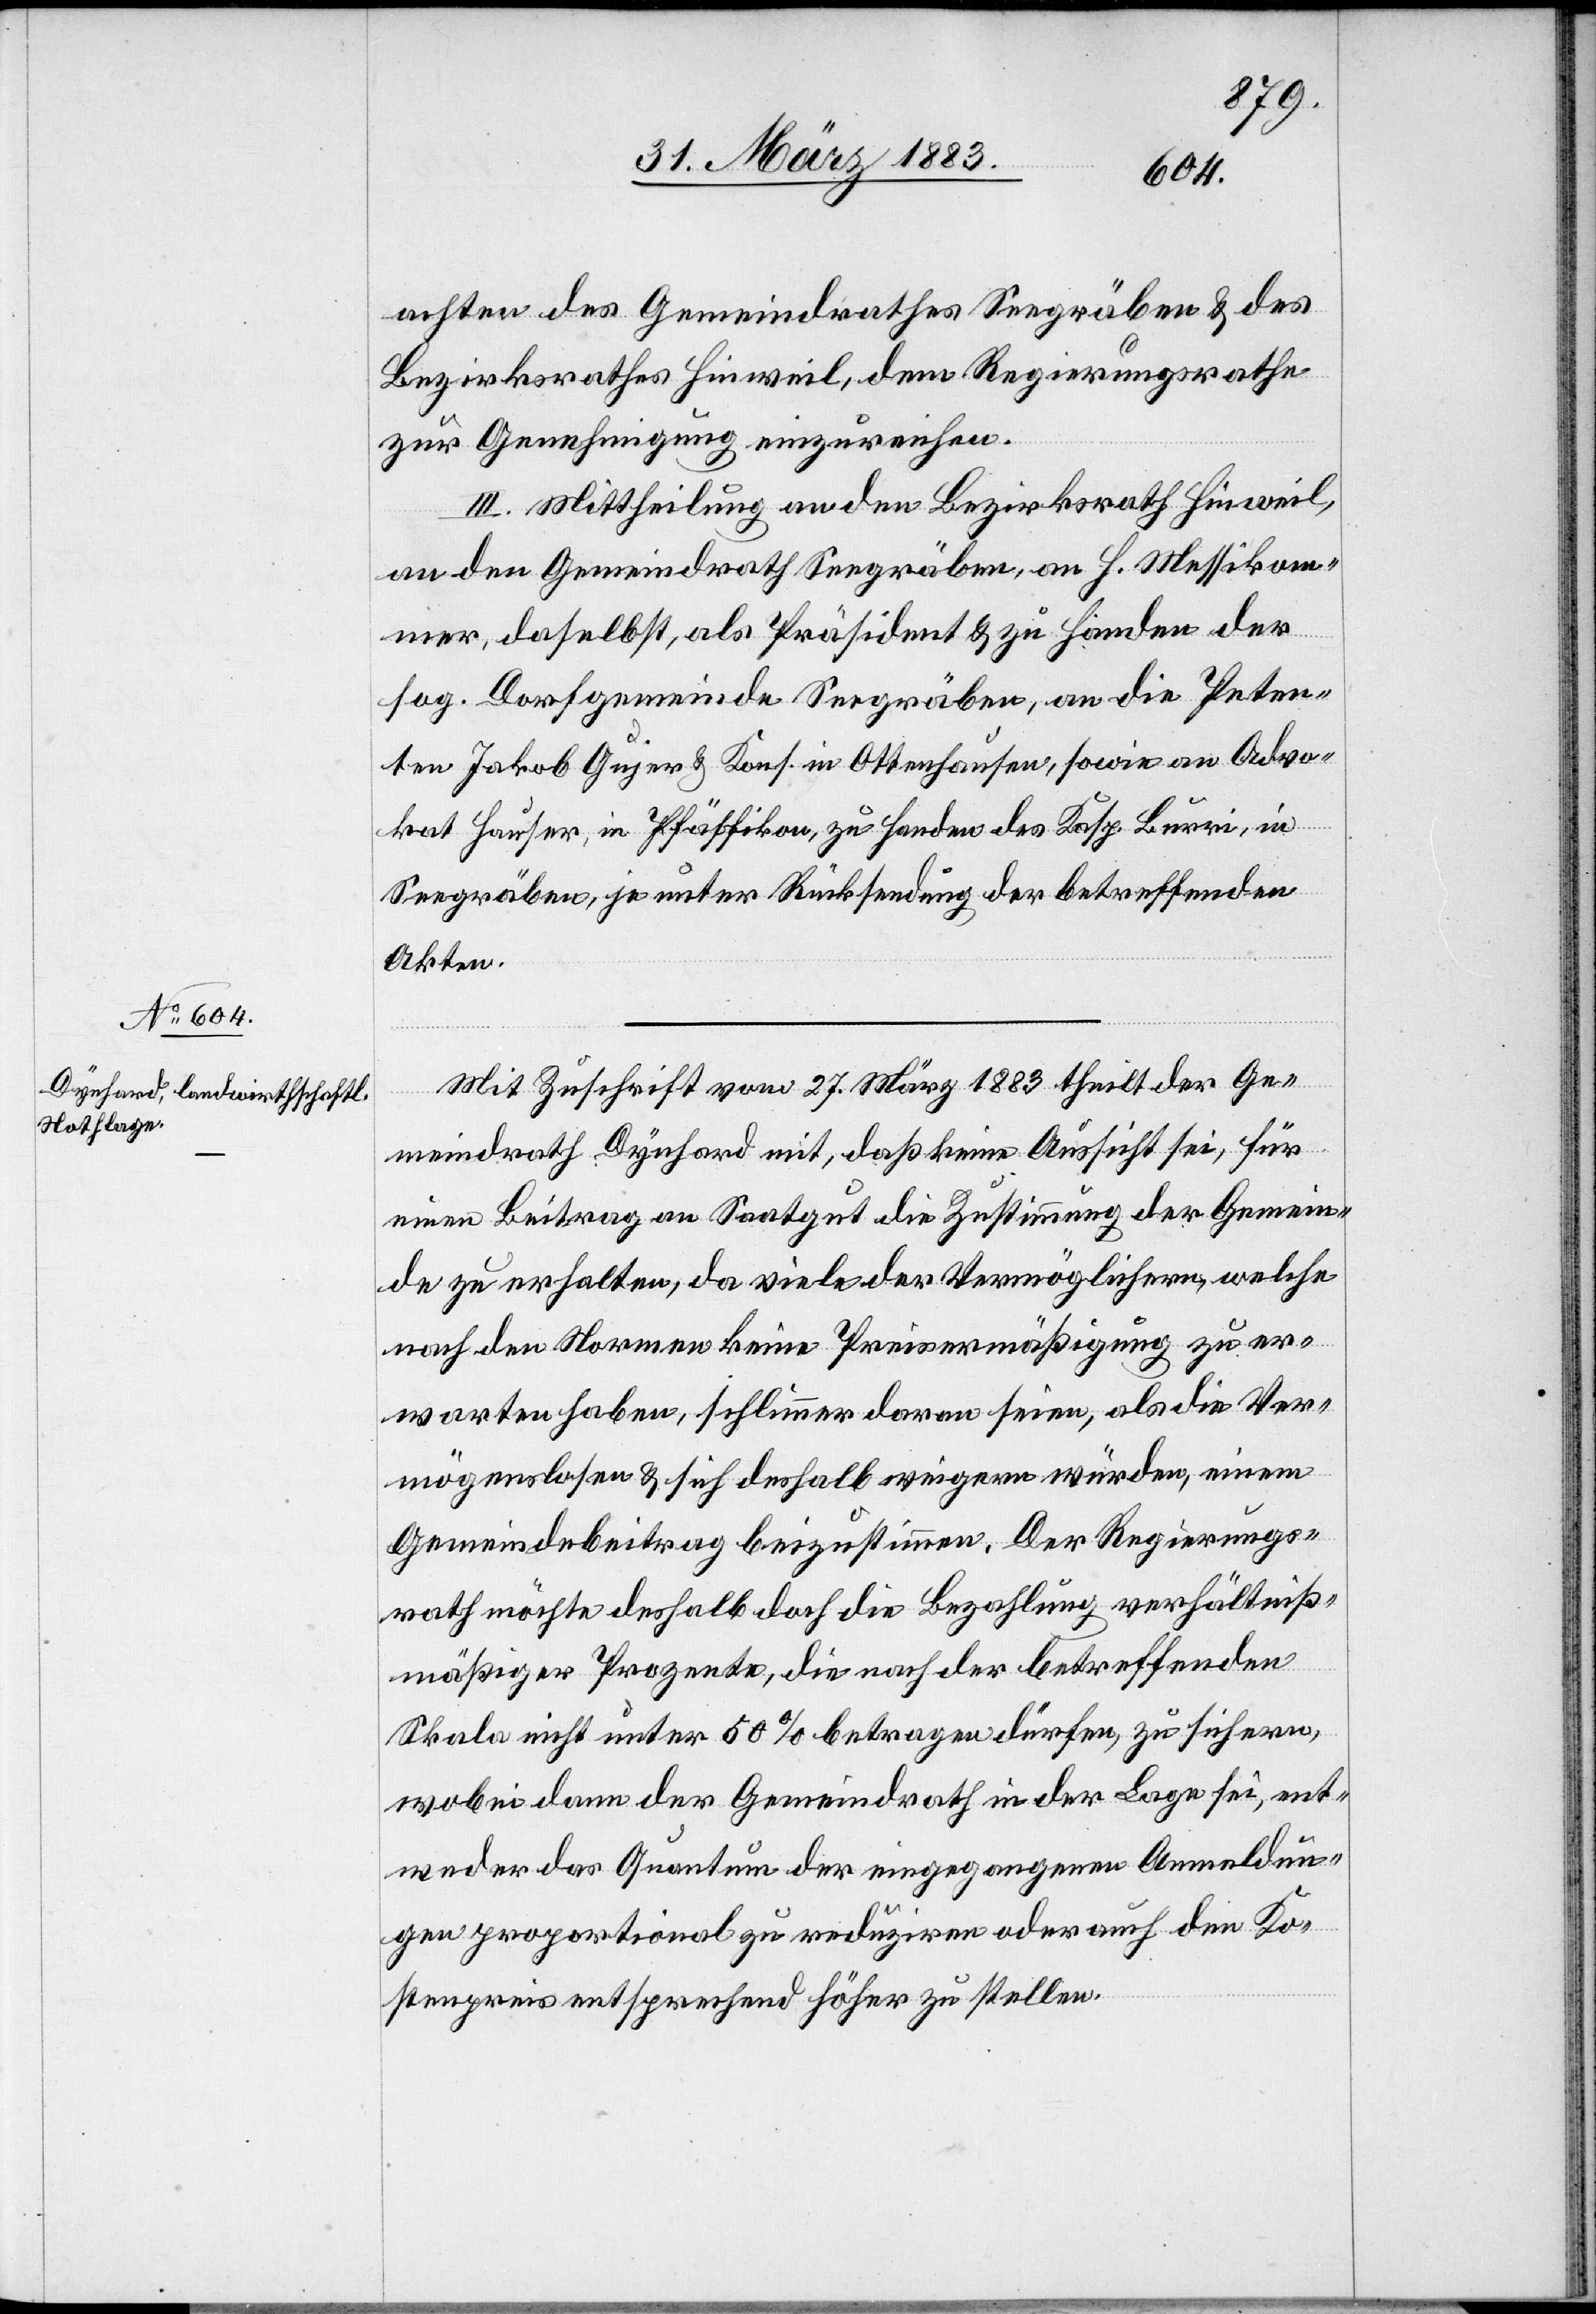
achten des Gemeindrathes Seegräben & des
Bezirksrathes Hinweil, dem Regierungsrathe
zur Genehmigung einzureichen.
III. Mittheilung an den Bezirksrath Hinweil,
an den Gemeindrath Seegräben, an H. Messikom¬
mer, daselbst, als Präsident & zu Handen der
sog. Dorfgemeinde Seegräben, an die Peten¬
ten Jakob Gujer & Kons. in Ottenhausen, sowie an Advo¬
kat Hauser, in Pfäffikon, zu Handen des Kasp. Burri, in
Seegräben, je unter Rücksendung der betreffenden
Akten.
Mit Zuschrift vom 27. März 1883 theilt der Ge¬
meindrath Dynhard mit, daß keine Aussicht sei, für
einen Beitrag an Saatgut die Zustimmung der Gemein¬
de zu erhalten, da viele der Vermöglichern, welche
nach den Normen keine Preisermäßigung zu er¬
warten haben, schlimmer daran seien, als die Ver¬
mögenslosen & sich deshalb weigern würden, einem
Gemeindebeitrag beizustimmen. Der Regierungs¬
rath möchte deshalb doch die Bezahlung verhältniß¬
mäßiger Prozente , die nach der betreffenden
Skala nicht unter 50% betragen dürfen, zusichern,
wobei dann der Gemeindrath in der Lage sei, ent¬
weder das Quantum der eingegangenen Anmeldun¬
gen proportional zu reduziren oder auch den Ko¬
stenpreis entsprechend höher zu stellen.